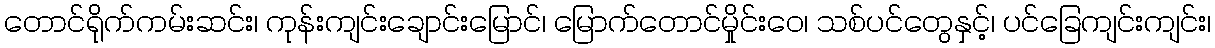
တောင်ရိုက်ကမ်းဆင်း၊ ကုန်းကျင်းချောင်းမြောင်၊ မြောက်တောင်မှိုင်းဝေ၊ သစ်ပင်တွေနှင့်၊ ပင်ခြေကျင်းကျင်း၊